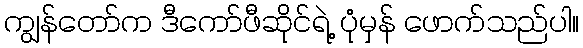
ကျွန်တော်က ဒီကော်ဖီဆိုင်ရဲ့ ပုံမှန် ဖောက်သည်ပါ။